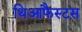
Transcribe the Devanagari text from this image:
थिआफैस्टस